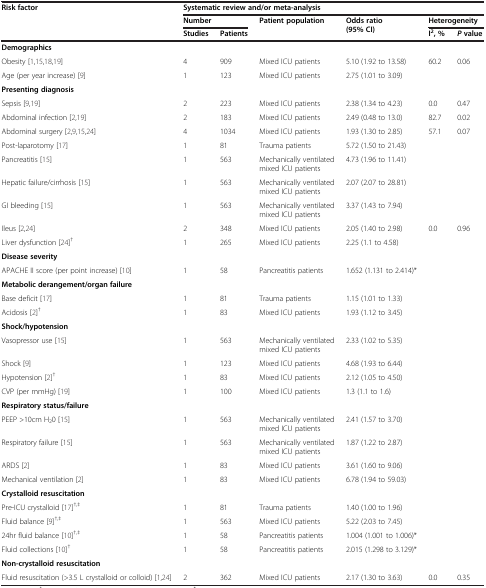
<table><thead><tr><td rowspan="3"><b>Risk factor</b></td><td colspan="6"><b>Systematic review and/or meta-analysis</b></td></tr><tr><td colspan="2"><b>Number</b></td><td rowspan="2"><b>Patient population</b></td><td rowspan="2"><b>Odds ratio (95% CI)</b></td><td colspan="2"><b>Heterogeneity</b></td></tr><tr><td><b>Studies</b></td><td><b>Patients</b></td><td><b>I<sup>2</sup>, %</b></td><td><b><i>P </i>value</b></td></tr></thead><tbody><tr><td colspan="7"><b>Demographics</b></td></tr><tr><td>Obesity [1,15,18,19]</td><td>4</td><td>909</td><td>Mixed ICU patients</td><td>5.10 (1.92 to 13.58)</td><td>60.2</td><td>0.06</td></tr><tr><td>Age (per year increase) [9]</td><td>1</td><td>123</td><td>Mixed ICU patients</td><td>2.75 (1.01 to 3.09)</td><td> </td><td> </td></tr><tr><td colspan="7"><b>Presenting diagnosis</b></td></tr><tr><td>Sepsis [9,19]</td><td>2</td><td>223</td><td>Mixed ICU patients</td><td>2.38 (1.34 to 4.23)</td><td>0.0</td><td>0.47</td></tr><tr><td>Abdominal infection [2,19]</td><td>2</td><td>183</td><td>Mixed ICU patients</td><td>2.49 (0.48 to 13.0)</td><td>82.7</td><td>0.02</td></tr><tr><td>Abdominal surgery [2,9,15,24]</td><td>4</td><td>1034</td><td>Mixed ICU patients</td><td>1.93 (1.30 to 2.85)</td><td>57.1</td><td>0.07</td></tr><tr><td>Post-laparotomy [17]</td><td>1</td><td>81</td><td>Trauma patients</td><td>5.72 (1.50 to 21.43)</td><td> </td><td> </td></tr><tr><td>Pancreatitis [15]</td><td>1</td><td>563</td><td>Mechanically ventilated mixed ICU patients</td><td>4.73 (1.96 to 11.41)</td><td> </td><td> </td></tr><tr><td>Hepatic failure/cirrhosis [15]</td><td>1</td><td>563</td><td>Mechanically ventilated mixed ICU patients</td><td>2.07 (2.07 to 28.81)</td><td> </td><td> </td></tr><tr><td>GI bleeding [15]</td><td>1</td><td>563</td><td>Mechanically ventilated mixed ICU patients</td><td>3.37 (1.43 to 7.94)</td><td> </td><td> </td></tr><tr><td>Ileus [2,24]</td><td>2</td><td>348</td><td>Mixed ICU patients</td><td>2.05 (1.40 to 2.98)</td><td>0.0</td><td>0.96</td></tr><tr><td>Liver dysfunction [24]<sup>†</sup></td><td>1</td><td>265</td><td>Mixed ICU patients</td><td>2.25 (1.1 to 4.58)</td><td> </td><td> </td></tr><tr><td colspan="7"><b>Disease severity</b></td></tr><tr><td>APACHE II score (per point increase) [10]</td><td>1</td><td>58</td><td>Pancreatitis patients</td><td>1.652 (1.131 to 2.414)*</td><td> </td><td> </td></tr><tr><td colspan="7"><b>Metabolic derangement/organ failure</b></td></tr><tr><td>Base deficit [17]</td><td>1</td><td>81</td><td>Trauma patients</td><td>1.15 (1.01 to 1.33)</td><td> </td><td> </td></tr><tr><td>Acidosis [2]<sup>†</sup></td><td>1</td><td>83</td><td>Mixed ICU patients</td><td>1.93 (1.12 to 3.45)</td><td> </td><td> </td></tr><tr><td colspan="7"><b>Shock/hypotension</b></td></tr><tr><td>Vasopressor use [15]</td><td>1</td><td>563</td><td>Mechanically ventilated mixed ICU patients</td><td>2.33 (1.02 to 5.35)</td><td> </td><td> </td></tr><tr><td>Shock [9]</td><td>1</td><td>123</td><td>Mixed ICU patients</td><td>4.68 (1.93 to 6.44)</td><td> </td><td> </td></tr><tr><td>Hypotension [2]<sup>†</sup></td><td>1</td><td>83</td><td>Mixed ICU patients</td><td>2.12 (1.05 to 4.50)</td><td> </td><td> </td></tr><tr><td>CVP (per mmHg) [19]</td><td>1</td><td>100</td><td>Mixed ICU patients</td><td>1.3 (1.1 to 1.6)</td><td> </td><td> </td></tr><tr><td colspan="7"><b>Respiratory status/failure</b></td></tr><tr><td>PEEP &gt;10cm H<sub>2</sub>0 [15]</td><td>1</td><td>563</td><td>Mechanically ventilated mixed ICU patients</td><td>2.41 (1.57 to 3.70)</td><td> </td><td> </td></tr><tr><td>Respiratory failure [15]</td><td>1</td><td>563</td><td>Mechanically ventilated mixed ICU patients</td><td>1.87 (1.22 to 2.87)</td><td> </td><td> </td></tr><tr><td>ARDS [2]</td><td>1</td><td>83</td><td>Mixed ICU patients</td><td>3.61 (1.60 to 9.06)</td><td> </td><td> </td></tr><tr><td>Mechanical ventilation [2]</td><td>1</td><td>83</td><td>Mixed ICU patients</td><td>6.78 (1.94 to 59.03)</td><td> </td><td> </td></tr><tr><td colspan="7"><b>Crystalloid resuscitation</b></td></tr><tr><td>Pre-ICU crystalloid [17]<sup>†,‡</sup></td><td>1</td><td>81</td><td>Trauma patients</td><td>1.40 (1.00 to 1.96)</td><td> </td><td> </td></tr><tr><td>Fluid balance [9]<sup>†,‡</sup></td><td>1</td><td>563</td><td>Mixed ICU patients</td><td>5.22 (2.03 to 7.45)</td><td> </td><td> </td></tr><tr><td>24hr fluid balance [10]<sup>†,‡</sup></td><td>1</td><td>58</td><td>Pancreatitis patients</td><td>1.004 (1.001 to 1.006)*</td><td> </td><td> </td></tr><tr><td>Fluid collections [10]<sup>†</sup></td><td>1</td><td>58</td><td>Pancreatitis patients</td><td>2.015 (1.298 to 3.129)*</td><td> </td><td> </td></tr><tr><td colspan="7"><b>Non-crystalloid resuscitation</b></td></tr><tr><td>Fluid resuscitation (&gt;3.5 L crystalloid or colloid) [1,24]</td><td>2</td><td>362</td><td>Mixed ICU patients</td><td>2.17 (1.30 to 3.63)</td><td>0.0</td><td>0.35</td></tr></tbody></table>